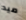
ميد